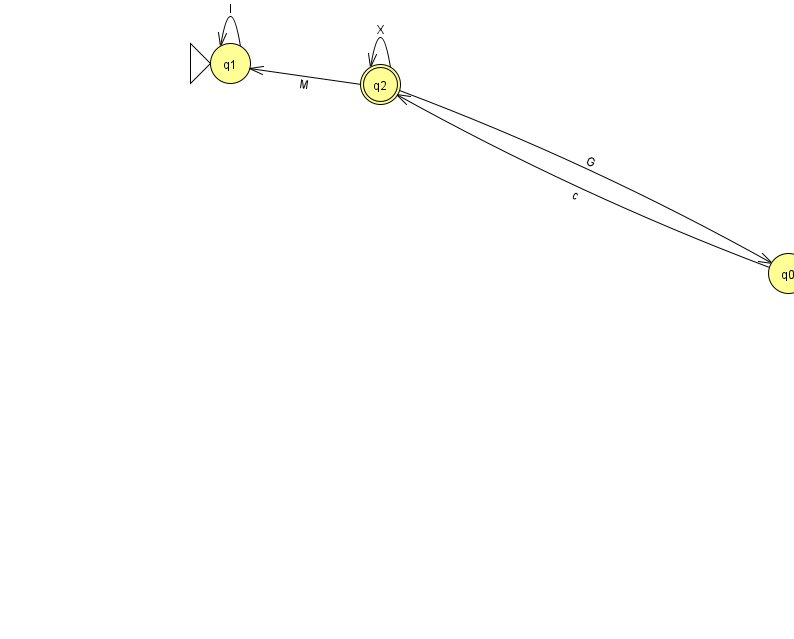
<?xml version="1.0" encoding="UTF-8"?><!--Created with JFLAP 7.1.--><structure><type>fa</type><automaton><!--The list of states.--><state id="0" name="q0"><x>788.0</x><y>260.0</y></state><state id="1" name="q1"><x>230.0</x><y>50.0</y><initial/></state><state id="2" name="q2"><x>380.0</x><y>71.0</y><final/></state><!--The list of transitions.--><transition><from>2</from><to>1</to><read>M</read></transition><transition><from>2</from><to>0</to><read>G</read></transition><transition><from>2</from><to>2</to><read>X</read></transition><transition><from>1</from><to>1</to><read>I</read></transition><transition><from>0</from><to>2</to><read>c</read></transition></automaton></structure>